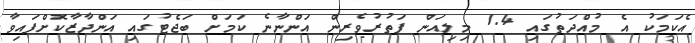
އެކަމަކު އެ މުއްދަތުގައި 1.4 މިލިއަން ފަތުރުވެރިން އަންނާނެ ކަމަށް ބަޖެޓުގައި އަންދާޒާކޮށްފައިވާ